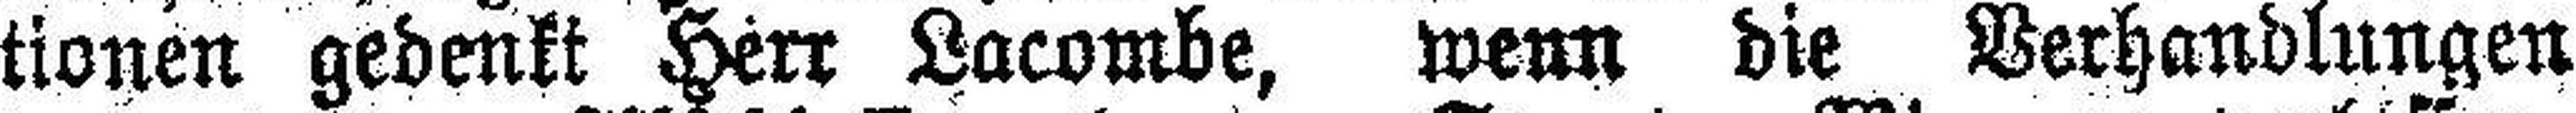
tionen gedenkt Herr Lacombe, wenn die Verhandlungen